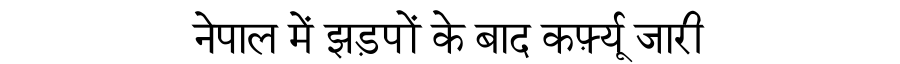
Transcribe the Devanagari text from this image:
नेपाल में झड़पों के बाद कर्फ़्यू जारी